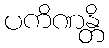
ပကိဏန္တိ